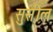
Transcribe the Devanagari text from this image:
सुसील